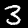
Label: 3